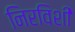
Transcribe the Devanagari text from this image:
निरविशी